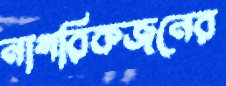
নাগরিকজনের